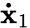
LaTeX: \mathbf{\dot{x}}_{1}